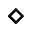
\diamond